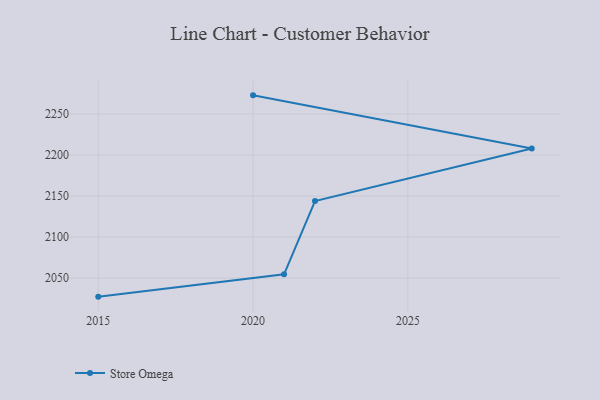
{"axis": {"x": "Year", "y": "Inventory Turnover"}, "legend": ["Store Omega"], "data": [{"x": "2020", "y": 2272.7, "type": "Store Omega"}, {"x": "2029", "y": 2207.9, "type": "Store Omega"}, {"x": "2022", "y": 2144.0, "type": "Store Omega"}, {"x": "2021", "y": 2054.7, "type": "Store Omega"}, {"x": "2015", "y": 2027.5, "type": "Store Omega"}]}